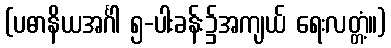
(ပဓာနိယအင်္ဂါ ၅-ပါးခန်း၌အကျယ် ရေးလတ္တံ့။)